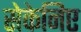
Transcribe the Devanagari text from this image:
सेकेनिए